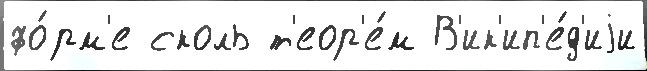
фо́рм'е сколь т'еор'е́м В'ик'ип'е́д'иjи